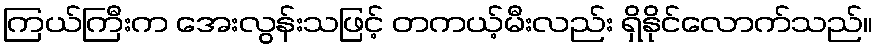
ကြယ်ကြီးက အေးလွန်းသဖြင့် တကယ့်မီးလည်း ရှိနိုင်လောက်သည်။